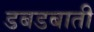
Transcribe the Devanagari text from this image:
डबडबाती